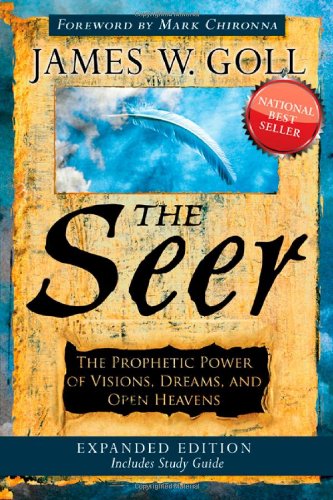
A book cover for The Seer Expanded Edition: The Prophetic Power of Visions, Dreams, and Open Heavens; James W. Goll; Christian Books & Bibles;